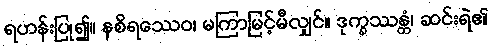
ရဟန်းပြု၍။ နစိရဿေဝ၊ မကြာမြင့်မီလျှင်။ ဒုက္ခဿန္တံ၊ ဆင်းရဲ၏